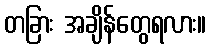
တခြား အချိန်တွေရလား။